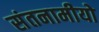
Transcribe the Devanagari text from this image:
संतनामीयो